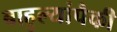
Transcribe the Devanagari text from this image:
बाहुल्यांपैकी